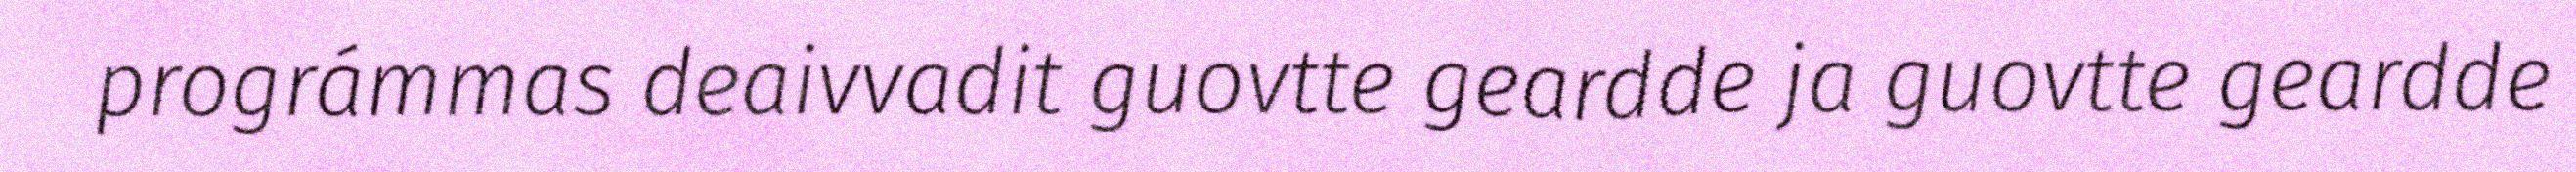
prográmmas deaivvadit guovtte geardde ja guovtte geardde